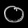
Digit: ၀